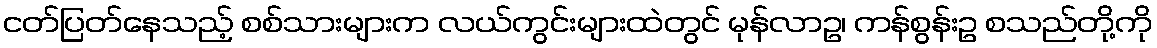
ငတ်ပြတ်နေသည့် စစ်သားများက လယ်ကွင်းများထဲတွင် မုန်လာဥ၊ ကန်စွန်းဥ စသည်တို့ကို